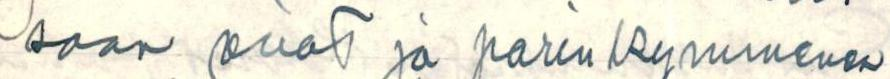
saan ovat jo parinkymmenen